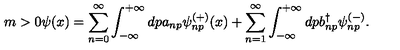
m > 0 \psi ( x ) = \sum _ { n = 0 } ^ { \infty } \int _ { - \infty } ^ { + \infty } d p a _ { n p } \psi _ { n p } ^ { ( + ) } ( x ) + \sum _ { n = 1 } ^ { \infty } \int _ { - \infty } ^ { + \infty } d p b _ { n p } ^ { \dag } \psi _ { n p } ^ { ( - ) } .